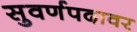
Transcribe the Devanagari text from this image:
सुवर्णपदावर